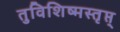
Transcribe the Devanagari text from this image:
तुविशिष्मस्तृप्त्